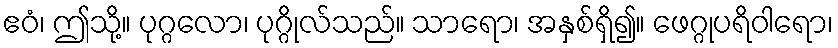
ဧဝံ၊ ဤသို့။ ပုဂ္ဂလော၊ ပုဂ္ဂိုလ်သည်။ သာရော၊ အနှစ်ရှိ၍။ ဖေဂ္ဂုပရိဝါရော၊